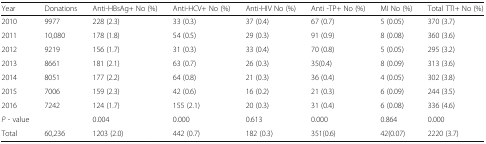
<table><thead><tr><td><b>Year</b></td><td><b>Donations</b></td><td><b>Anti-HBsAg+ No (%)</b></td><td><b>Anti-HCV+ No (%)</b></td><td><b>Anti-HIV No (%)</b></td><td><b>Anti -TP+ No (%)</b></td><td><b>MI No (%)</b></td><td><b>Total TTI+ No (%)</b></td></tr></thead><tbody><tr><td>2010</td><td>9977</td><td>228 (2.3)</td><td>33 (0.3)</td><td>37 (0.4)</td><td>67 (0.7)</td><td>5 (0.05)</td><td>370 (3.7)</td></tr><tr><td>2011</td><td>10,080</td><td>178 (1.8)</td><td>54 (0.5)</td><td>29 (0.3)</td><td>91 (0.9)</td><td>8 (0.08)</td><td>360 (3.6)</td></tr><tr><td>2012</td><td>9219</td><td>156 (1.7)</td><td>31 (0.3)</td><td>33 (0.4)</td><td>70 (0.8)</td><td>5 (0.05)</td><td>295 (3.2)</td></tr><tr><td>2013</td><td>8661</td><td>181 (2.1)</td><td>63 (0.7)</td><td>26 (0.3)</td><td>35(0.4)</td><td>8 (0.09)</td><td>313 (3.6)</td></tr><tr><td>2014</td><td>8051</td><td>177 (2.2)</td><td>64 (0.8)</td><td>21 (0.3)</td><td>36 (0.4)</td><td>4 (0.05)</td><td>302 (3.8)</td></tr><tr><td>2015</td><td>7006</td><td>159 (2.3)</td><td>42 (0.6)</td><td>16 (0.2)</td><td>21 (0.3)</td><td>6 (0.09)</td><td>244 (3.5)</td></tr><tr><td>2016</td><td>7242</td><td>124 (1.7)</td><td>155 (2.1)</td><td>20 (0.3)</td><td>31 (0.4)</td><td>6 (0.08)</td><td>336 (4.6)</td></tr><tr><td><i>P</i> - value</td><td></td><td>0.004</td><td>0.000</td><td>0.613</td><td>0.000</td><td>0.864</td><td>0.000</td></tr><tr><td>Total</td><td>60,236</td><td>1203 (2.0)</td><td>442 (0.7)</td><td>182 (0.3)</td><td>351(0.6)</td><td>42(0.07)</td><td>2220 (3.7)</td></tr></tbody></table>